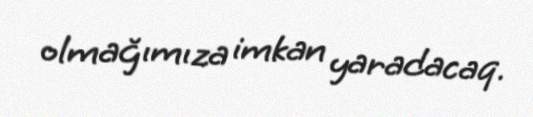
olmağımıza imkan yaradacaq.